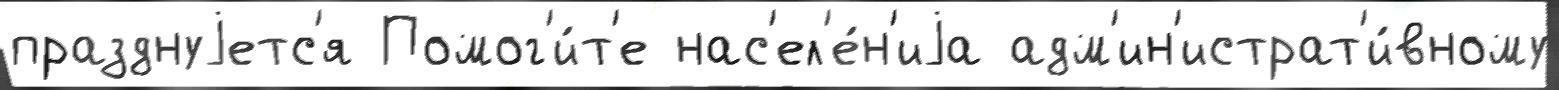
празднуjетс'я Помог'и́т'е нас'ел'е́н'иjа адм'ин'истрат'и́вному